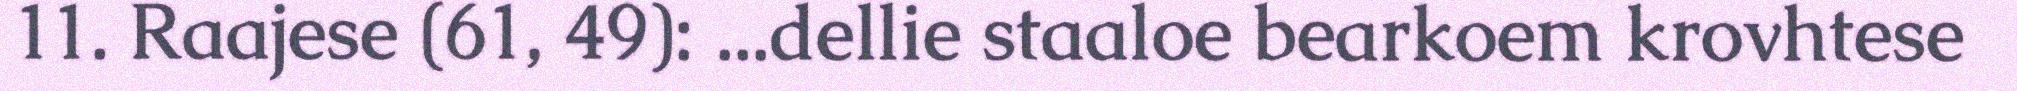
11. Raajese (61, 49): ...dellie staaloe bearkoem krovhtese